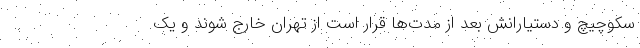
سکوچیچ و دستیارانش بعد از مدت‌ها قرار است از تهران خارج شوند و یک